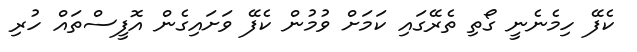
ކެފޭ ހިމެނެނީ ގޯތި ތެރޭގައި ކަމަށް ވުމުން ކެފޭ ވަށައިގެން އޮފީސްތައް ހުރި